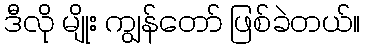
ဒီလို မျိုး ကျွန်တော် ဖြစ်ခဲတယ်။